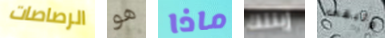
الرصاصات هو ماذا إبنتك وتبقى